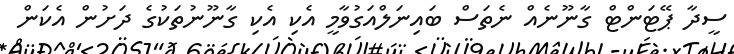
ސީދާ ޕޭޓަންޓް ގާނޫނެއް ނެތަސް ބައިނަލްއަގުވާމީ އެކި އެކި ގާނޫނުތަކުގެ ދަށުން އެކަން